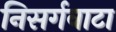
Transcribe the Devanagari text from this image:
निसर्गवाटा